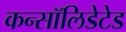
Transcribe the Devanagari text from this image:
कन्सॉलिडेटेड